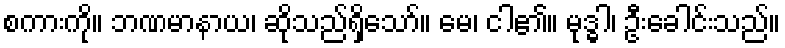
စကားကို။ ဘဏမာနာယ၊ ဆိုသည်ရှိသော်။ မေ၊ ငါ၏။ မုဒ္ဓါ၊ ဦးခေါင်းသည်။